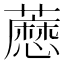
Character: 𬟊